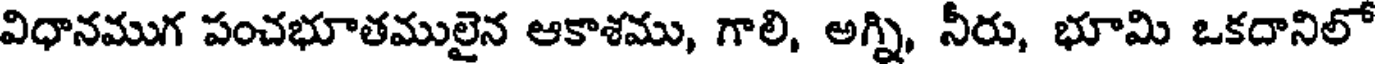
విధానముగ పంచభూతములైన ఆకాశము, గాలి, అగ్ని, నీరు, భూమి ఒకదానిలో